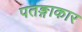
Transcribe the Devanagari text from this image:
पतङ्गाकार